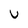
Character: U